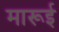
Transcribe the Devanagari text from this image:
मारूई